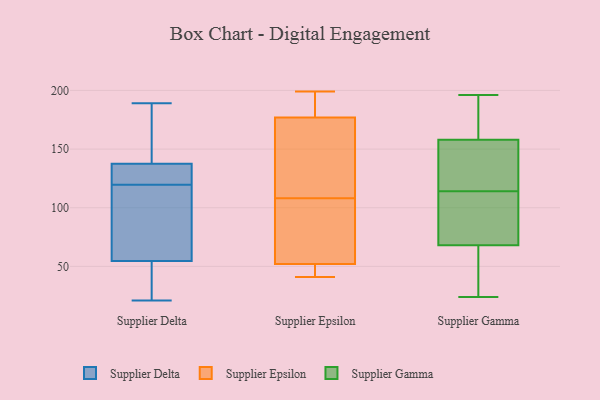
{"axis": {"x": "Gross Profit (USD K)", "y": "Value"}, "legend": ["Supplier Delta", "Supplier Epsilon", "Supplier Gamma"], "data": [{"x": "", "y": 162, "type": "Supplier Delta"}, {"x": "", "y": 35, "type": "Supplier Delta"}, {"x": "", "y": 130, "type": "Supplier Delta"}, {"x": "", "y": 74, "type": "Supplier Delta"}, {"x": "", "y": 21, "type": "Supplier Delta"}, {"x": "", "y": 127, "type": "Supplier Delta"}, {"x": "", "y": 28, "type": "Supplier Delta"}, {"x": "", "y": 189, "type": "Supplier Delta"}, {"x": "", "y": 112, "type": "Supplier Delta"}, {"x": "", "y": 106, "type": "Supplier Delta"}, {"x": "", "y": 131, "type": "Supplier Delta"}, {"x": "", "y": 144, "type": "Supplier Delta"}, {"x": "", "y": 137, "type": "Supplier Epsilon"}, {"x": "", "y": 190, "type": "Supplier Epsilon"}, {"x": "", "y": 82, "type": "Supplier Epsilon"}, {"x": "", "y": 177, "type": "Supplier Epsilon"}, {"x": "", "y": 42, "type": "Supplier Epsilon"}, {"x": "", "y": 41, "type": "Supplier Epsilon"}, {"x": "", "y": 52, "type": "Supplier Epsilon"}, {"x": "", "y": 111, "type": "Supplier Epsilon"}, {"x": "", "y": 105, "type": "Supplier Epsilon"}, {"x": "", "y": 199, "type": "Supplier Epsilon"}, {"x": "", "y": 62, "type": "Supplier Gamma"}, {"x": "", "y": 147, "type": "Supplier Gamma"}, {"x": "", "y": 106, "type": "Supplier Gamma"}, {"x": "", "y": 167, "type": "Supplier Gamma"}, {"x": "", "y": 46, "type": "Supplier Gamma"}, {"x": "", "y": 155, "type": "Supplier Gamma"}, {"x": "", "y": 114, "type": "Supplier Gamma"}, {"x": "", "y": 70, "type": "Supplier Gamma"}, {"x": "", "y": 24, "type": "Supplier Gamma"}, {"x": "", "y": 118, "type": "Supplier Gamma"}, {"x": "", "y": 25, "type": "Supplier Gamma"}, {"x": "", "y": 193, "type": "Supplier Gamma"}, {"x": "", "y": 152, "type": "Supplier Gamma"}, {"x": "", "y": 174, "type": "Supplier Gamma"}, {"x": "", "y": 196, "type": "Supplier Gamma"}, {"x": "", "y": 102, "type": "Supplier Gamma"}, {"x": "", "y": 93, "type": "Supplier Gamma"}]}